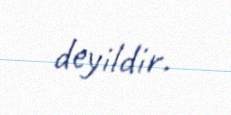
deyildir.